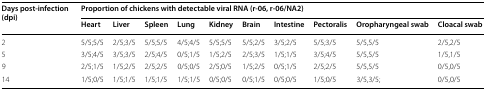
<table><thead><tr><td rowspan="2"><b>Days post-infection (dpi)</b></td><td colspan="10"><b>Proportion of chickens with detectable viral RNA (r-06, r-06/NA2)</b></td></tr><tr><td><b>Heart</b></td><td><b>Liver</b></td><td><b>Spleen</b></td><td><b>Lung</b></td><td><b>Kidney</b></td><td><b>Brain</b></td><td><b>Intestine</b></td><td><b>Pectoralis</b></td><td><b>Oropharyngeal swab</b></td><td><b>Cloacal swab</b></td></tr></thead><tbody><tr><td>2</td><td>5/5;5/5</td><td>2/5;3/5</td><td>5/5;5/5</td><td>4/5;4/5</td><td>5/5;5/5</td><td>5/5;2/5</td><td>3/5;2/5</td><td>5/5;3/5</td><td>5/5,5/5</td><td>2/5,2/5</td></tr><tr><td>5</td><td>3/5;4/5</td><td>3/5;3/5</td><td>2/5;4/5</td><td>0/5;1/5</td><td>1/5;2/5</td><td>2/5;3/5</td><td>1/5;1/5</td><td>3/5;4/5</td><td>5/5,5/5</td><td>1/5,1/5</td></tr><tr><td>9</td><td>2/5;1/5</td><td>1/5;2/5</td><td>2/5;2/5</td><td>0/5;0/5</td><td>2/5;0/5</td><td>1/5;2/5</td><td>0/5;1/5</td><td>2/5;2/5</td><td>5/5,5/5</td><td>0/5,0/5</td></tr><tr><td>14</td><td>1/5;0/5</td><td>1/5;1/5</td><td>1/5;1/5</td><td>1/5;1/5</td><td>0/5;0/5</td><td>0/5;1/5</td><td>0/5;0/5</td><td>1/5;0/5</td><td>3/5,3/5;</td><td>0/5,0/5</td></tr></tbody></table>